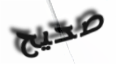
صحيح